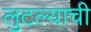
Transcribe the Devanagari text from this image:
लुटल्याची